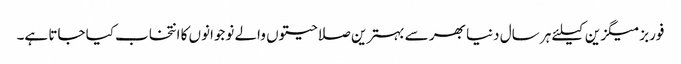
فوربز میگزین کیلئے ہر سال دنیا بھر سے بہترین صلاحیتوں والے نوجوانوں کا انتخاب کیا جاتا ہے۔